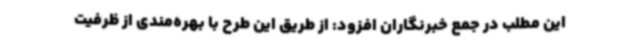
این مطلب در جمع خبرنگاران افزود: از طریق این طرح با بهره‌مندی از ظرفیت